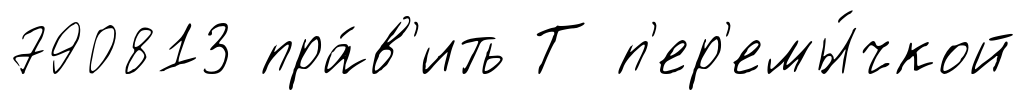
790813 пра́в'ить Т п'ер'емы́чкой